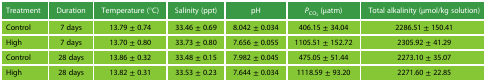
<table><thead><tr><td><b>Treatment</b></td><td><b>Duration</b></td><td><b>Temperature (°C)</b></td><td><b>Salinity (ppt)</b></td><td><b>pH</b></td><td><b><i>P</i><sub>CO<sub>2</sub></sub> (μatm)</b></td><td><b>Total alkalinity (μmol/kg solution)</b></td></tr></thead><tbody><tr><td>Control</td><td>7 days</td><td>13.79 ± 0.74</td><td>33.46 ± 0.69</td><td>8.042 ± 0.034</td><td>406.15 ± 34.04</td><td>2286.51 ± 150.41</td></tr><tr><td>High</td><td>7 days</td><td>13.70 ± 0.80</td><td>33.73 ± 0.80</td><td>7.656 ± 0.055</td><td>1105.51 ± 152.72</td><td>2305.92 ± 41.29</td></tr><tr><td>Control</td><td>28 days</td><td>13.86 ± 0.32</td><td>33.48 ± 0.15</td><td>7.982 ± 0.045</td><td>475.05 ± 51.44</td><td>2273.10 ± 35.07</td></tr><tr><td>High</td><td>28 days</td><td>13.82 ± 0.31</td><td>33.53 ± 0.23</td><td>7.644 ± 0.034</td><td>1118.59 ± 93.20</td><td>2271.60 ± 22.85</td></tr></tbody></table>